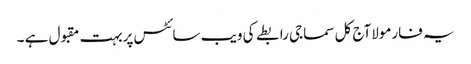
یہ فارمولاآج کل سماجی رابطے کی ویب سائٹس پربہت مقبول ہے ۔